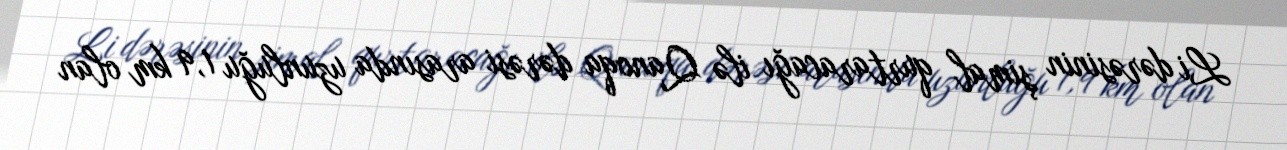
Li dərəsinin şimal qurtaracağı ilə Qanoqa dərəsi arasında uzunluğu 1,9 km olan